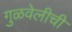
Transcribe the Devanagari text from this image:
गुळवेलीची